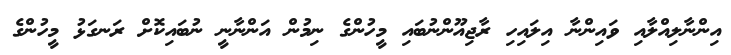
އިންނާލިއްލާއި ވައިންނާ އިލައިހި ރާޖިއޫންނުބައި މީހުންގެ ނިމުން އަންނާނީ ނުބައިކޮށް ރަނގަޅު މީހުންގެ